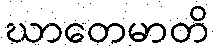
ဃာတေမာတိ